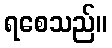
ရစေသည်။